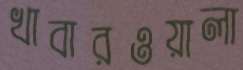
খাবারওয়ালা